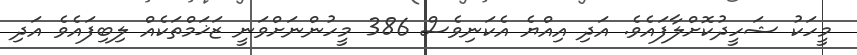
މީހަކު ޝަހީދުކޮށްލާފައެވެ. އަދި އިއްޔެ އެކަނިވެސް 386 މީހުންނަށްވަނީ ޒަޚަމްތަކެއް ލިބިފައެވެ އަދި